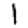
Digit: 1